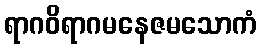
ရာဂဝိရာဂမနေဇမသောကံ